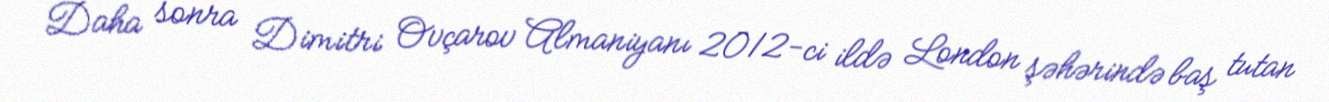
Daha sonra Dimitri Ovçarov Almaniyanı 2012-ci ildə London şəhərində baş tutan